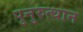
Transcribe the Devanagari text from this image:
पुनुरुत्थान